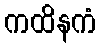
ကထိနကံ